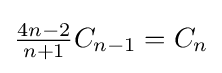
\textstyle {\frac {4n-2}{n+1}}C_{n-1}=C_{n}